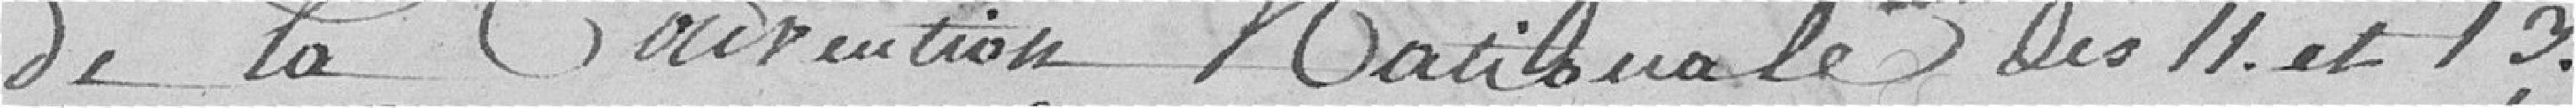
de la convention nationale des 11 et 13